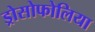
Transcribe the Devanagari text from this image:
ड्रोसोफोलिया